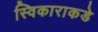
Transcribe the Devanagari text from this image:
स्विकाराकडे